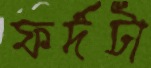
ফর্দটা